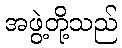
အဖွဲ့တို့သည်